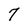
Character: 7